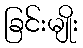
ခြင်းမျိုး